Report of the King Institute of Preventive Medicine, Guindy
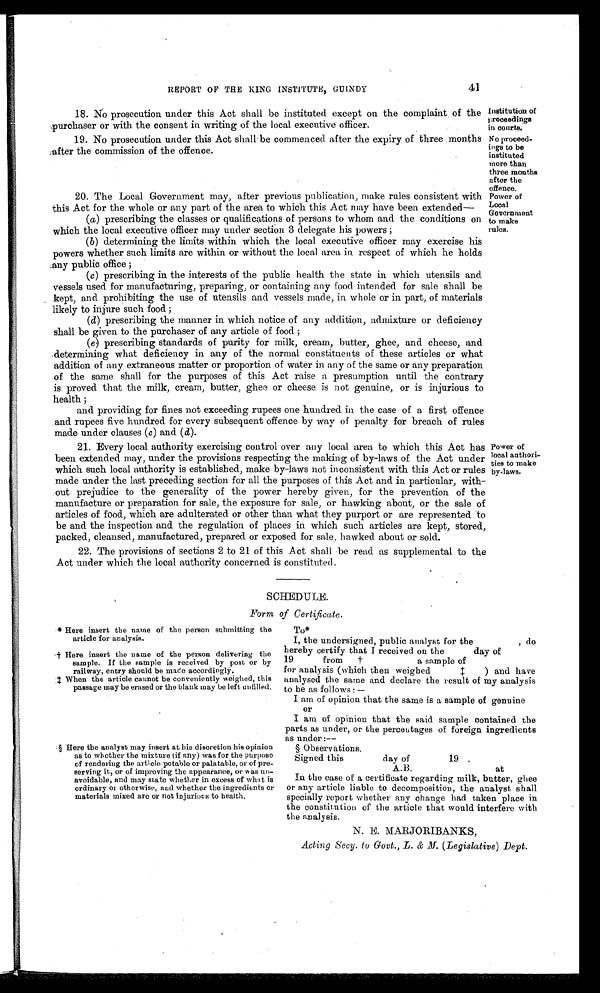
N o proceed
-ings to be
instituted
more than
three months
after the
offence.
Power of
Local
Government
to make
rules.
41
REPORT OF THE KING INSTITUTE, GUINDY
18. No prosecution under this Act shall be instituted except on the complaint of the
purchaser or with the consent in writing of the local executive officer.
Institution of
proceedings
in courts.
19. No prosecution under this Act shall be commenced after the expiry of three months
after the commission of the offence.
20. The Local Government may, after previous publication, make rules consistent with
this Act for the whole or any part of the area to which this Act may have been extended
—
(a) prescribing the classes or qualifications of persons to whom and the conditions on
which the local executive officer may under section 3 delegate his powers ;
(b) determining the limits within which the local executive officer may exercise his
powers whether such limits are within or without the local area in respect of which he holds
any public office ;
(c) prescribing in the interests of the public health the state in which utensils and
vessels used for manufacturing, preparing, or containing any food intended for sale shall be
kept, and prohibiting the use of utensils and vessels made, in whole or in part, of materials
likely to injure such food ;
(d) prescribing the manner in which notice of any addition, admixture or deficiency
shall be given to the purchaser of any article of food ;
(e) prescribing standards of purity for milk, cream, butter, ghee, and cheese, and
determining what deficiency in any of the normal constituents of these articles or what
addition of any extraneous matter or proportion of water in any of the same or any preparation
of the same shall for the purposes of this Act raise a presumption until the contrary
is proved that the milk, cream, butter, ghee or cheese is not genuine, or is injurious to
health ;
and providing for fines not exceeding rupees one hundred in the case of a first offence
and rupees five hundred for every subsequent offence by way of penalty for breach of rules
made under clauses (c) and (d).
21. Every local authority exercising control over any local area to which this Act has
been extended may, under the provisions respecting the making of by-laws of the Act under
which such local authority is established, make by-laws not inconsistent with this Act or rules
made under the last preceding section for all the purposes of this Act and in particular, with--
out prejudice to the generality of the power hereby given, for the prevention of the
manufacture or preparation for sale, the exposure for sale, or hawking about, or the sale of
articles of food, which are adulterated or other than what they purport or are represented to
be and the inspection and the regulation of places in which such articles are kept, stored,
packed, cleansed, manufactured, prepared or exposed for sale, hawked about or sold.
22. The provisions of sections 2 to 21 of this Act shall be read as supplemental to the
Act under which the local authority concerned is constituted.
Power of
local authori-
ties to make
by-laws.
SCHEDULE.
Form of Certificate.
* Here insert the name of the person submitting the
article for analysis.
† Here insert the name of the person delivering the
sample. If the sample is received by post or by
railway, entry should be made accordingly.
‡ When the article cannot be conveniently weighed, this
passage may be erased or the blank may be left unfilled.
§ Here the analyst may insert at his discretion his opinion
as to whether the mixture (if any) was for the purpose
of rendering the article potable or palatable, or of pre--
serving it, or of improving the appearance, or was un--
avoidable, and may state whether in excess of what is
ordinary or otherwise, and whether the ingredients or
materials mixed are or not injurious to health.
To*
I, the undersigned, public analyst for the
, do
hereby certify that I received on the
day of
19
from †
a sample of
for analysis (which then weighed
analysed the same and declare the result of my analysis
to be as follows:—
I am of opinion that the same is a sample of genuine
or
I am of opinion that the said sample contained the
parts as under, or the percentages of foreign ingredients
as under :
--
§ Observations.
Signed this
day of
19 .
A.B.
at
In the case of a certificate regarding milk, butter, ghee
or any article liable to decomposition, the analyst shall
specially report whether any change had taken place in
the constitution of the article that would interfere with
the analysis.
N. E. MARJORIBANKS,
Acting Secy. to Govt., L. M. (Legislative) Dept.